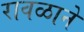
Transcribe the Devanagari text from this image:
रावळाने